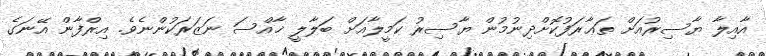
އާއިލާ ޔާސިރުއަށް ތަޢާރަފުކޮށްދިނުމުން ޔާސިރު ކަމީލާއަށް ބަލާލީ ޚާއްސަ ނަޒަރަކުންނެވެ. އިރްފާން އޭނަގެ